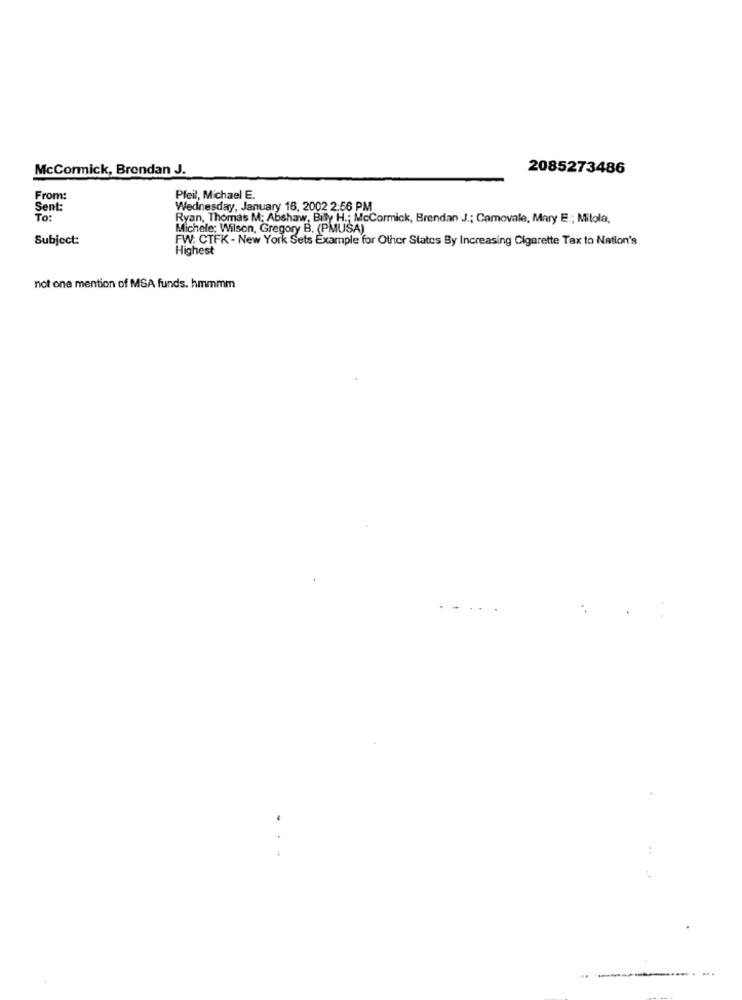
McCormick, Brendan J.
2085273486
From:
Pfeil, Michael E.
Sent:
Wednesday, January 16, 2002 2:56 PM
To:
Ryan, Thomas M: Abshaw, Billy H .; McCormick, Brendan J .; Camovale, Mary E .; Mitola,
Michele; Wilson, Gregory B. (PMUSA)
Subject:
FW: CTFK - New York Sets Example for Other States By Increasing Cigarette Tax to Nation's
Highest
not one mention of MSA funds. hmmmm